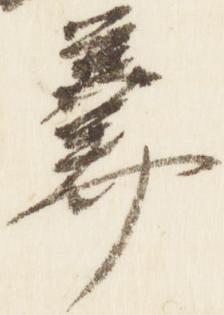
羹